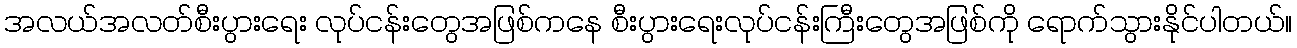
အလယ်အလတ်စီးပွားရေး လုပ်ငန်းတွေအဖြစ်ကနေ စီးပွားရေးလုပ်ငန်းကြီးတွေအဖြစ်ကို ရောက်သွားနိုင်ပါတယ်။